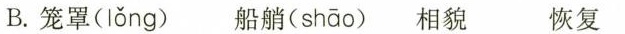
B.笼罩( lǒng ) 船艄( shāo )相貌 恢复